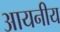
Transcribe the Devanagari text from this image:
आयनीय